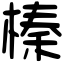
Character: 榛